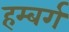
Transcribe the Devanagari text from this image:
हम्बर्ग